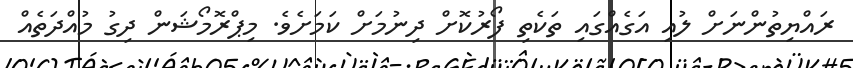
ރައްޔިތުންނަށް ލުއި އަގެއްގައި ތަކެތި ފޯރުކޮށް ދިނުމަށް ކަމަށެވެ. މިޕްރޮމޯޝަން ދިގު މުއްދަތެއް